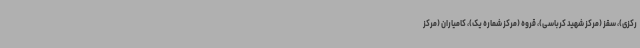
رکزی)، سقز (مرکز شهید کرباسی)، قروه (مرکز شماره یک)، کامیاران (مرکز